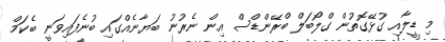
މި ޑީލާއި ގުޅޭގޮތުން ގްލޯބަލް ބްރޭންޑްސް އިން ނެރުނު ބަޔާނެއްގައި ބުނެފައިވަނީ ބެކަމް